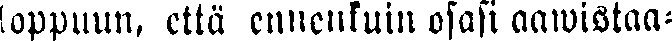
lappuun, että ennenkuin osasi aawistaa-